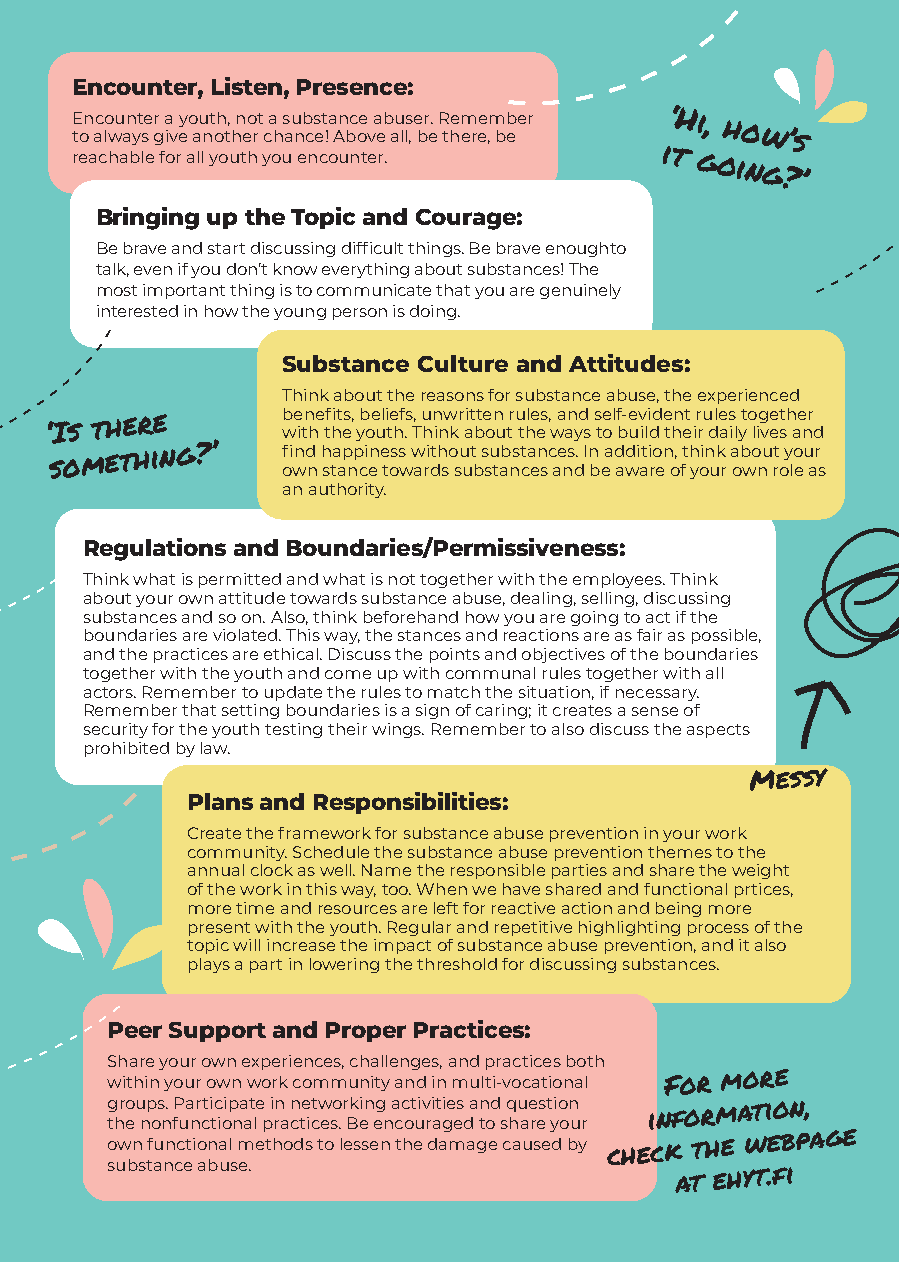
Encounter, Listen, Presence:
 E ton ac lo wu an yt se gr a
 iv
 eyo au nt oh t, hn eo rt
 c
 a
 h
 s au nb cs et !a An bc oe
 v
 a eb au lls
 ,
 e br e. R them eree ,m bb
 e
 er        ‘Hi,
 how’s
 reachable for all youth you encounter.
 it
 going?’
 Bringing up the Topic and Courage:
 Be brave and start discussing difficult things. Be brave enoughto
 talk, even if you don’t know everything about substances! The
 most important thing is to communicate that you are genuinely
 interested in how the young person is doing.
 Substance Culture and Attitudes:
 Think about the reasons for substance abuse, the experienced
 ‘Is
 there        b we itn he tfi ht es, yb oe uli te hf .s T, u hn inw kr ait bte on
 u
 tr u thle es ,
 w
 a an yd
 s
 s te ol f b-e uv ili dd e thn et ir ru dle as
 il
 yto lig ve et sh ae nr
 d
 something?’    fi ownd
 n
 h sta ap np ci en e toss
 w
 w ari dth so su ut
 b
 s su tab nst ca en sc ae ns d. I n
 b
 ea d awdi ati ro en o, ft h yoin uk
 r
 a ob wo nu rt
 o
 y lo eu ar
 s
 an authority.
 Regulations and Boundaries/Permissiveness:
 Think what is permitted and what is not together with the employees. Think
 about your own attitude towards substance abuse, dealing, selling, discussing
 substances and so on. Also, think beforehand how you are going to act if the
 boundaries are violated. This way, the stances and reactions are as fair as possible,
 and the practices are ethical. Discuss the points and objectives of the boundaries
 together with the youth and come up with communal rules together with all
 actors. Remember to update the rules to match the situation, if necessary.
 Remember that setting boundaries is a sign of caring; it creates a sense of
 security for the youth testing their wings. Remember to also discuss the aspects
 prohibited by law.
 Messy
 Plans and Responsibilities:
 Create the framework for substance abuse prevention in your work
 community. Schedule the substance abuse prevention themes to the
 annual clock as well. Name the responsible parties and share the weight
 of the work in this way, too. When we have shared and functional prtices,
 more time and resources are left for reactive action and being more
 present with the youth. Regular and repetitive highlighting process of the
 topic will increase the impact of substance abuse prevention, and it also
 plays a part in lowering the threshold for discussing substances.
 Peer Support and Proper Practices:
 Share your own experiences, challenges, and practices both
 within your own work community and in multi-vocational For
 more
 g thro
 e
 u np os n. fP ua nr cti tc ioip na at le
 p
 i rn
 a
 cn te ictw eso
 .
 r Bk ein eg
 n
 a cc ot uiv ri at gie es
 d
 a n tod
 s
 q hu ae res t yio on
 u r
 information,
 own functional methods to lessen the damage caused by check the
 webpage
 substance abuse.
 at
 ehyt.fi